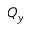
Q _ { y }